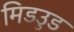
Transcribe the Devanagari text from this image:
मिडउुड